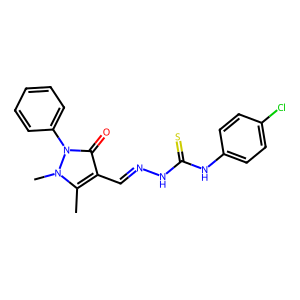
SMILES: Cc1c(C=NNC(=S)Nc2ccc(Cl)cc2)c(=O)n(-c2ccccc2)n1C
Inhibits HIV replication: No